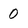
Character: 0